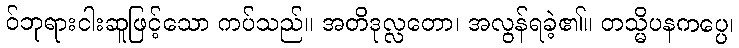
ဝ်ဘုရားငါးဆူဖြင့်သော ကပ်သည်။ အတိဒုလ္လတော၊ အလွန်ရခဲ့၏။ တသ္မိပနကပ္ပေ၊